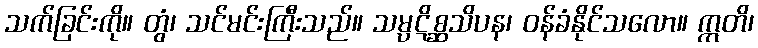
သက်ခြင်းကို။ တွံ၊ သင်မင်းကြီးသည်။ သမ္ပဋိစ္ဆသိပန၊ ဝန်ခံနိုင်သလော။ ဣတိ၊